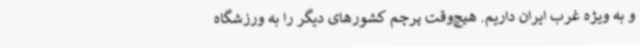
و به ویژه غرب ایران داریم. هیچ‌وقت پرچم کشورهای دیگر را به ورزشگاه